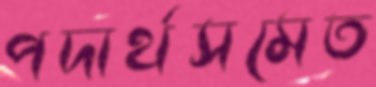
পদার্থসমেত